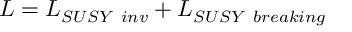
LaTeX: \cal L \mit = \cal L \mit _ { S U S Y ~ i n v } + \cal L \mit _ { S U S Y ~ b r e a k i n g }